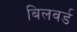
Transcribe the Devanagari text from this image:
बिलवर्ड